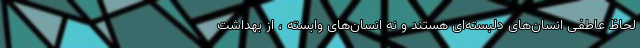
لحاظ عاطفی انسان‌های دلبسته‌ای هستند و نه انسان‌های وابسته ، از بهداشت